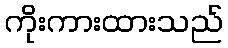
ကိုးကားထားသည်